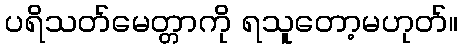
ပရိသတ်မေတ္တာကို ရသူတော့မဟုတ်။